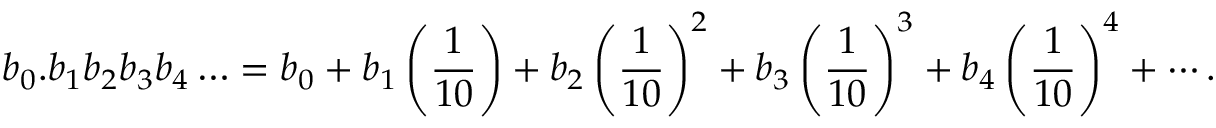
b _ { 0 } . b _ { 1 } b _ { 2 } b _ { 3 } b _ { 4 } \ldots = b _ { 0 } + b _ { 1 } \left( { \frac { 1 } { 1 0 } } \right) + b _ { 2 } \left( { \frac { 1 } { 1 0 } } \right) ^ { 2 } + b _ { 3 } \left( { \frac { 1 } { 1 0 } } \right) ^ { 3 } + b _ { 4 } \left( { \frac { 1 } { 1 0 } } \right) ^ { 4 } + \cdots .